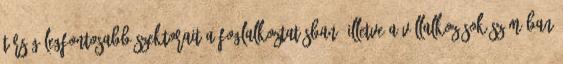
térség legfontosabb szektorait a foglalkoztatásban, illetve a vállalkozások számában